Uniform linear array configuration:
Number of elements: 8
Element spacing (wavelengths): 0.25
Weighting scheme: hann
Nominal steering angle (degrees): -45
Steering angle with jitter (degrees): -44.9
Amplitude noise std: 0.05
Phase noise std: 0.05

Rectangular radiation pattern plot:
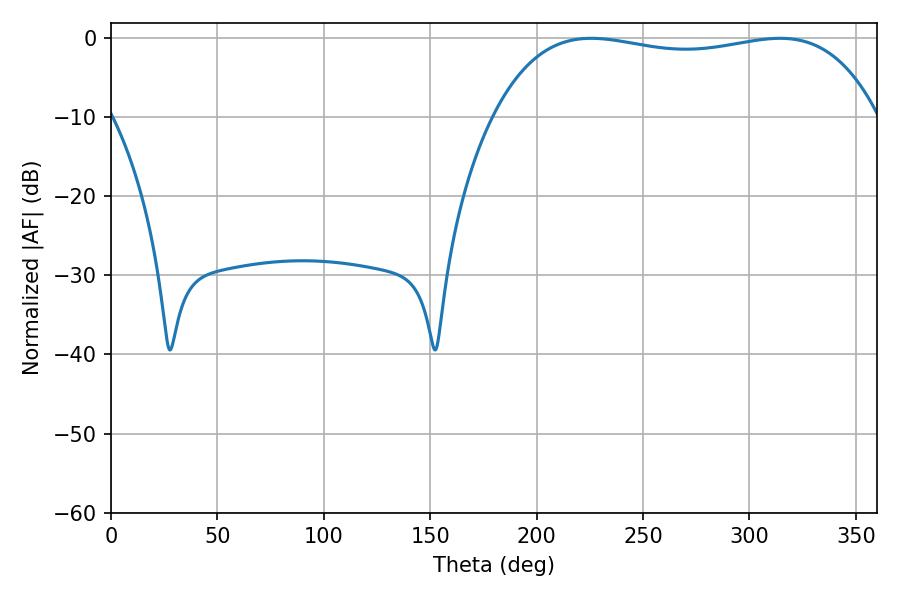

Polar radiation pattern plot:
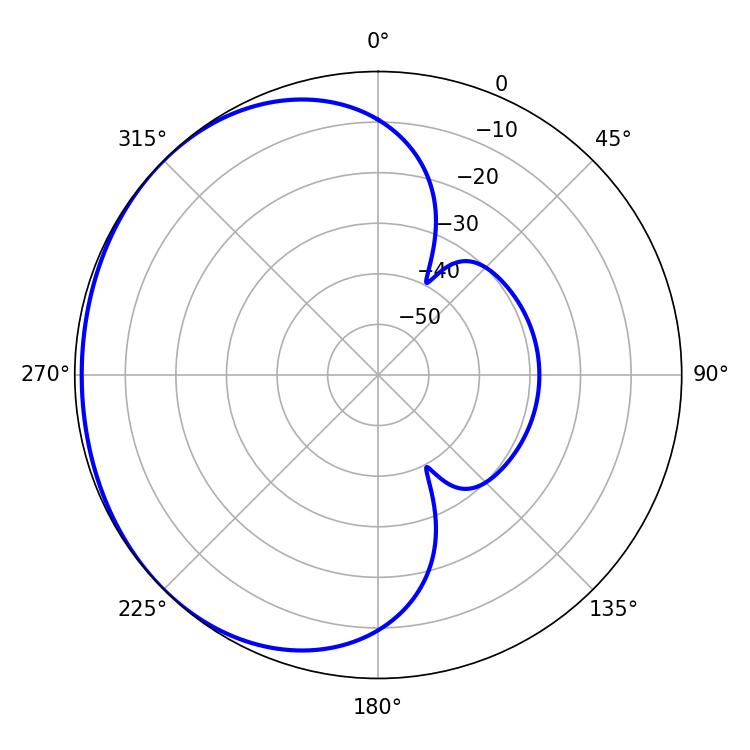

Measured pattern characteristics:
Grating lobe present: FALSE
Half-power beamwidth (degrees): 145.08
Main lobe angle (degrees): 225.72